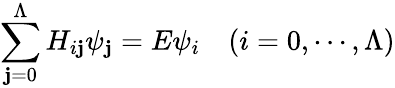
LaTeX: \sum_{\mathbf{j}=0}^{\Lambda}H_{i\mathbf{j}}\psi_{\mathbf{j}}=E\psi_{i}\quad(i=0,\cdots,\Lambda)